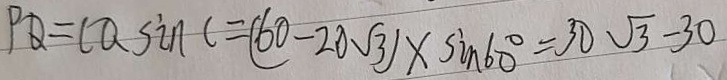
P Q = C Q \sin C = ( 6 0 - 2 0 \sqrt { 3 } ) \times \sin 6 0 ^ { \circ } = 3 0 \sqrt { 3 } - 3 0